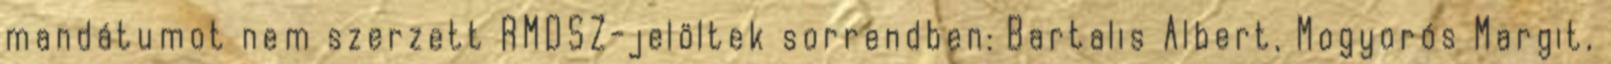
mandátumot nem szerzett RMDSZ-jelöltek sorrendben: Bartalis Albert, Mogyorós Margit,